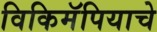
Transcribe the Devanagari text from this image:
विकिमॅपियाचे